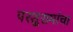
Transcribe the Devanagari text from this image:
परशुरामांचा